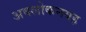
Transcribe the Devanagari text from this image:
अवलोकनयह